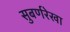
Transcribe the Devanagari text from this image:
सुबर्णरेखा